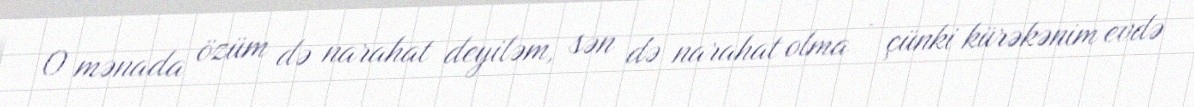
O mənada özüm də narahat deyiləm, sən də narahat olma - çünki kürəkənim evdə